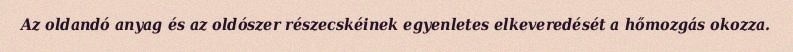
Az oldandó anyag és az oldószer részecskéinek egyenletes elkeveredését a hőmozgás okozza.